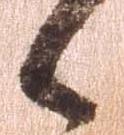
候